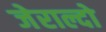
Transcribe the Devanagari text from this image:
जेराल्दो